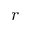
r